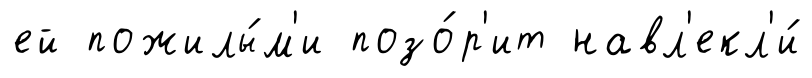
ей пожилы́м'и позо́р'ит навл'екл'и́